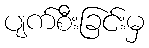
ပျက်စီးခြင်းမှ